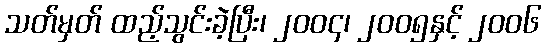
သတ်မှတ် ထည့်သွင်းခဲ့ပြီး၊ ၂၀၀၄၊ ၂၀၀၅နှင့် ၂၀၀၆